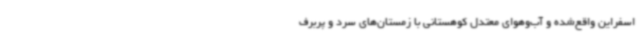
اسفراین واقع‌شده و آب‌وهوای معتدل کوهستانی با زمستان‌های سرد و پربرف